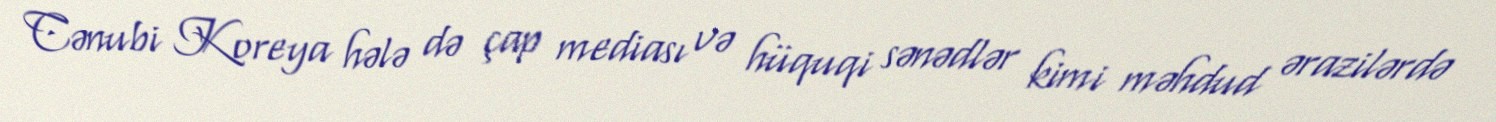
Cənubi Koreya hələ də çap mediası və hüquqi sənədlər kimi məhdud ərazilərdə